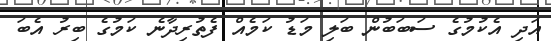
އަދި އެކުމުގެ ސަބަބުން ބަލި މަޑު ކަމެއް ފެތުރިދާނެ ކަމުގެ ބިރު އެބަ